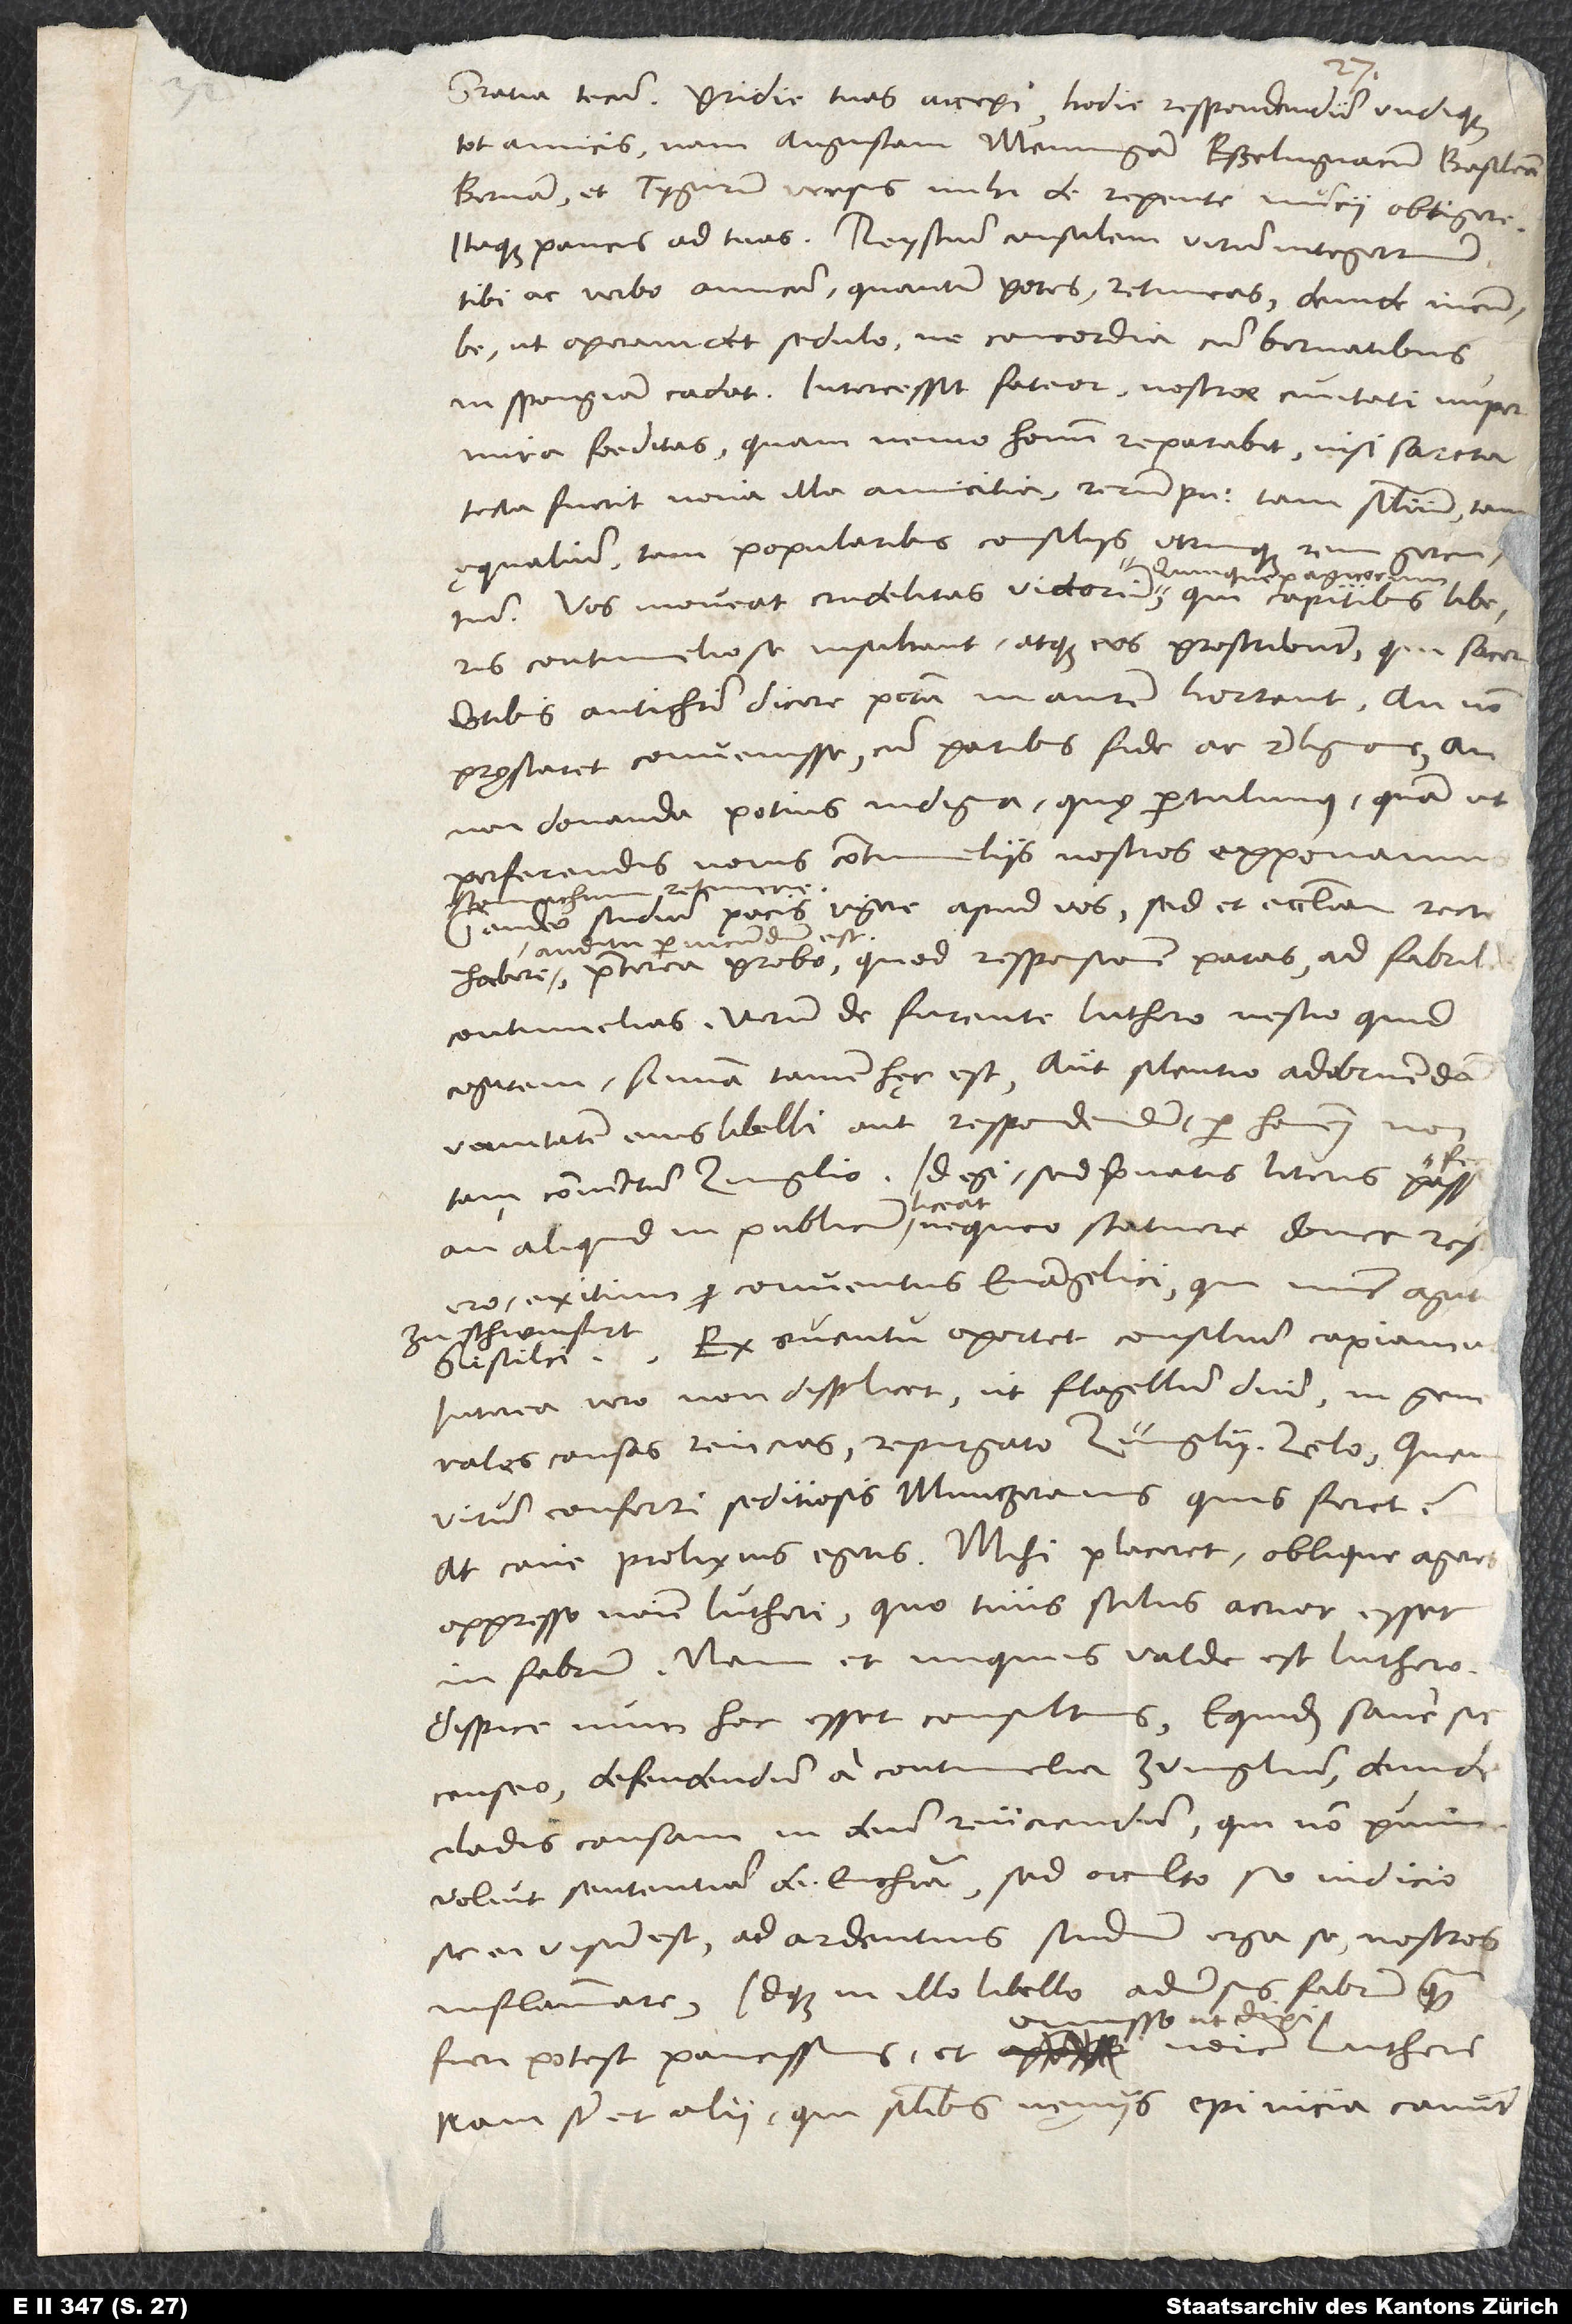
Gratia tecum. Pridie tuas accepi, hodie respondendum undique
tot amicis. Nam Augustam, Memmingam, Esselingiacum, Basileam,
Bernam et Tygurum versus mihi derepente nuncii obtigere.
Itaque paucis ad tuas. Reystium consulem, virum integerrimum,
tibi ac verbo amicum, quantum potes, retineas, deinde incumbe,
ut operam det sedulo, ne concordia cum Bernatibus
in spongiam cadat. Intercessit, fateor, nostrae civitati nuper
mira foeditas, quam nemo hominum reparabit, nisi sarcta
tecta fuerit nova illa amicitia rerum publicarum tam similium, tam
ęqualium, tam popularibus consiliis utrinque rem gerentium.
Quinquepagicorum,
contumeliose insultant atque eos proscribunt, qui sacerdotibus
pręstaret convenisse cum paribus fide ac religione, an
non donanda potius indigna, quę pertulimus, quam ut
perferendis novis contumeliis nostros exponamus
stomachum retinere?
Gaudeo studium pacis vigere apud vos, sed et ecclesiam recte
auditu periucundum est.
Praeterea probo, quod responsionem paras ad Fabriles
contumelias. Verum de furente Luthero nescio, quid
cogitem. Summa tamen hęc est, aut silentio adobruendam
vanitatem eius libelli aut respondendum per hominem
tam coniunctum Zuinglio. Id egi, sed privatis literis passim
licet,
exitium conventus evangelici, qui nunc agitur
zu Schwinfurt.
Ex eventu oportet consilium capiamus,
interea vero non displicet, ut flagellum domini in generales
causas reiicias repurgato Zuinglii zelo. Quem
virum conferri seditiosis Muntzeranis quis feret?
At cave prolixius egeris. Mihi placeret oblique ageres
oppresso nomine Lutheri, quo tuus stilus acrior esset
in Fabrum. Nam et iniquus valde est Luthero.
Dispice, num hoc esset consultius. Equidem sane sic
censeo, defendendum a contumelia Zuinglium, deinde
cladis causam in deum reiiciendam, qui non punire
voluit sententiam de eucharistia, sed occulto suo iudicio
sic ei visum est ad ardentius studium erga se nostros
inflammare, idque in illo libello adversus Fabrum, quam
Nam sunt et alii, qui similibus nęniis epinicia canunt,